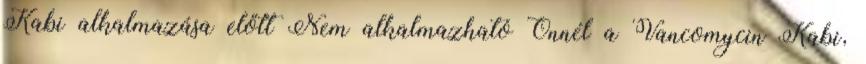
Kabi alkalmazása előtt Nem alkalmazható Önnél a Vancomycin Kabi,